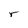
Character: r